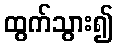
ထွက်သွား၍